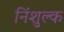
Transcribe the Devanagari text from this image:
निंशुल्क